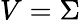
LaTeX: V=\Sigma